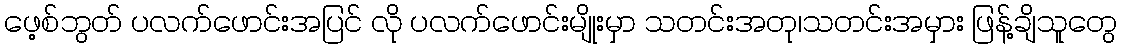
ဖေ့စ်ဘွတ် ပလက်ဖောင်းအပြင် လို ပလက်ဖောင်းမျိုးမှာ သတင်းအတု၊သတင်းအမှား ဖြန့်ချိသူတွေ